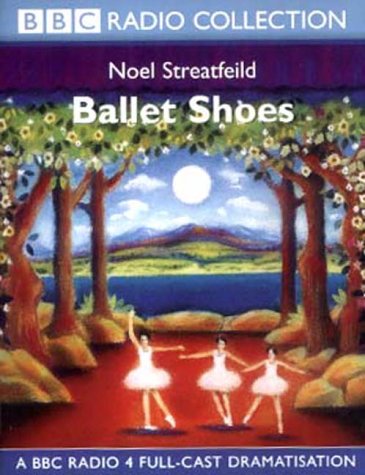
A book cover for Ballet Shoes: Dramatisation (BBC Radio Collection); Noel Streatfeild; Humor & Entertainment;